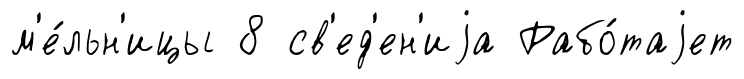
м'е́льн'ицы 8 св'ед'ен'иjа Рабо́таjет